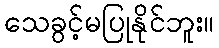
သေခွင့်မပြုနိုင်ဘူး။